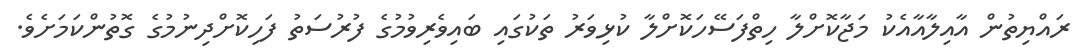
ރައްޔިތުން އާއިލާއާއެކު މަޖާކޮށްލާ ހިތްފަސޭހަކޮށްލާ ކުޅިވަރު ތަކުގައި ބައިވެރިވުމުގެ ފުރުސަތު ފަހިކޮށްދިނުމުގެ ގޮތުންކަމަށެވެ.